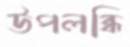
উপলব্ধি